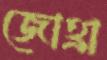
জোহ্রা